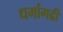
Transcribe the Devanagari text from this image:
धर्मागढी